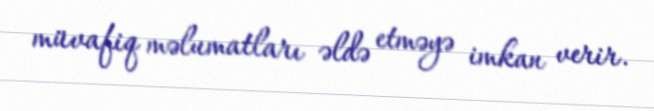
müvafiq məlumatları əldə etməyə imkan verir.